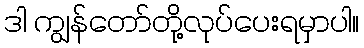
ဒါ ကျွန်တော်တို့လုပ်ပေးရမှာပါ။